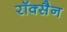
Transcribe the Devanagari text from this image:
रॉक्सैन